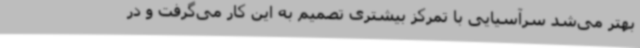
بهتر می‌شد سرآسیایی با تمرکز بیشتری تصمیم به این کار می‌گرفت و در